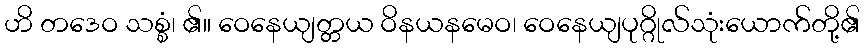
ဟိ တဒေဝ သစ္စံ၊ ၏။ ဝေနေယျတ္တယ ဝိနယနမေဝ၊ ဝေနေယျပုဂ္ဂိုလ်သုံးယောက်တို့၏